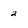
Character: 2